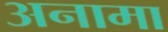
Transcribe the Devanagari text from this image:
अनामा